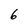
Character: 6